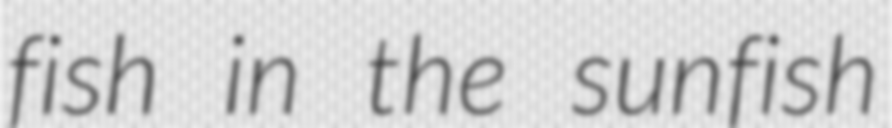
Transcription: fish in the sunfish